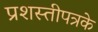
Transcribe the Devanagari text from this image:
प्रशस्तीपत्रके